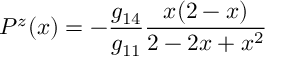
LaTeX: P ^ { z } ( x ) = - \frac { g _ { 1 4 } } { g _ { 1 1 } } \frac { x ( 2 - x ) } { 2 - 2 x + x ^ { 2 } }